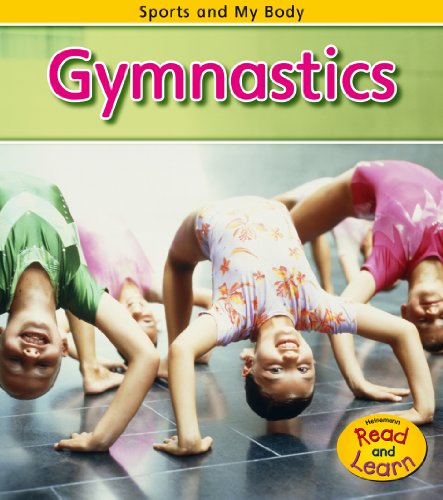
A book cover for Gymnastics (Sports and My Body); Catherine Veitch; Children's Books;